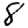
Digit: 8